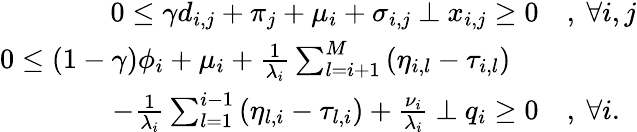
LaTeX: \begin{array}{rl}{0\leq\gamma d_{i,j}+\pi_{j}+\mu_{i}+\sigma_{i,j}~\bot~x_{i,j}\geq 0}&{,~\forall i,j}\\ {0\leq(1-\gamma)\phi_{i}+\mu_{i}+\frac{1}{\lambda_{i}}\sum_{l=i+1}^{M}\left(\eta_{i,l}-\tau_{i,l}\right)~~~~}&{}\\ {-\frac{1}{\lambda_{i}}\sum_{l=1}^{i-1}\left(\eta_{l,i}-\tau_{l,i}\right)+\frac{\nu_{i}}{\lambda_{i}}~\bot~q_{i}\geq 0}&{,~\forall i.}\end{array}